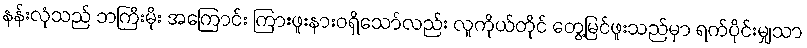
နန်းလုံသည် ဘကြီးမိုး အကြောင်း ကြားဖူးနားဝရှိသော်လည်း လူကိုယ်တိုင် တွေ့မြင်ဖူးသည်မှာ ရက်ပိုင်းမျှသာ